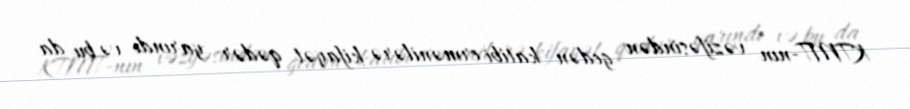
KTMT-nın vəzifəsindən gedən katibi ermənilərə kifayət qədər yarındı və bu da